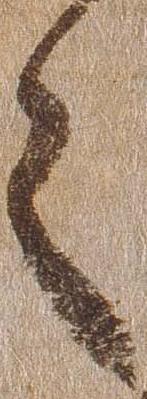
之